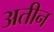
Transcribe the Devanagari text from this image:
अतीन